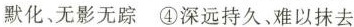
默化、无影无踪④深远持久、难以抹去